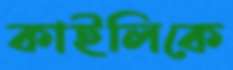
কাইলিকে